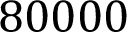
8 0 0 0 0